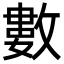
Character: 數